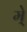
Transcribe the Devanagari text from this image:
मे्